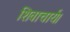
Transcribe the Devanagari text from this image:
शिवाचार्य।